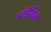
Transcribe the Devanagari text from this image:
मांडेविल